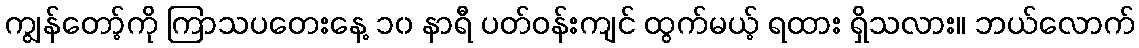
ကျွန်တော့်ကို ကြာသပတေးနေ့ ၁၀ နာရီ ပတ်ဝန်းကျင် ထွက်မယ့် ရထား ရှိသလား။ ဘယ်လောက်